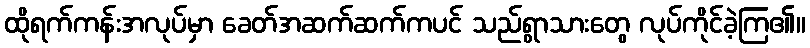
ထိုရက်ကန်းအလုပ်မှာ ခေတ်အဆက်ဆက်ကပင် သည်ရွာသားတွေ လုပ်ကိုင်ခဲ့ကြ၏။